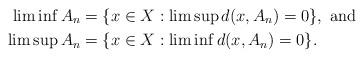
LaTeX: \begin{align*} \lim \inf A_{n} & = \{ x \in X: \lim \sup d(x,A_{n}) = 0 \}, \textrm{~and~} \\ \lim\sup A_{n} & = \{x \in X: \lim \inf d(x,A_{n})=0 \}.\end{align*}